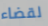
لقضاء